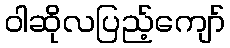
ဝါဆိုလပြည့်ကျော်